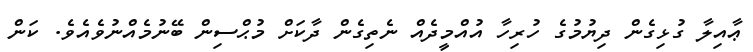
ޢާއިލާ ގުޅިގެން ދިޔުމުގެ ހުރިހާ އުއްމީދެއް ނެތިގެން ދާކަށް މުޙްސިން ބޭނުމެއްނުވެއެވެ. ކަން